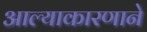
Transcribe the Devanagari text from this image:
आल्याकारणाने